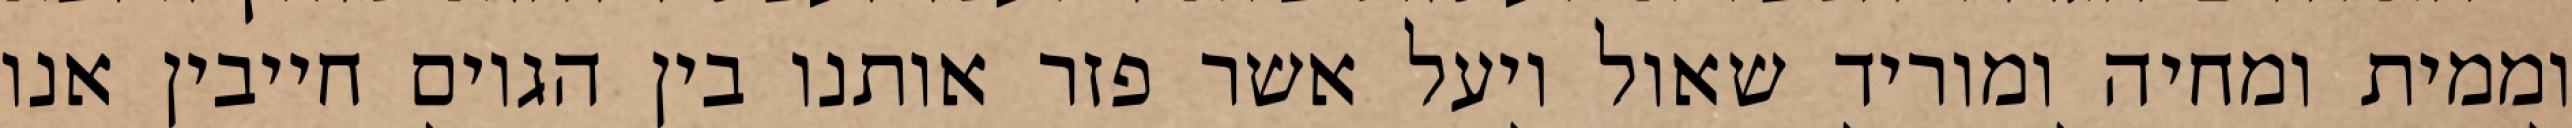
וממית ומחיה ומוריד שאול ויעל אשר פזר אותנו בין הגוים חייבין אנו